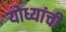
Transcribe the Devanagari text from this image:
योध्यांची